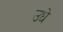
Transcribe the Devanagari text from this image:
उधे